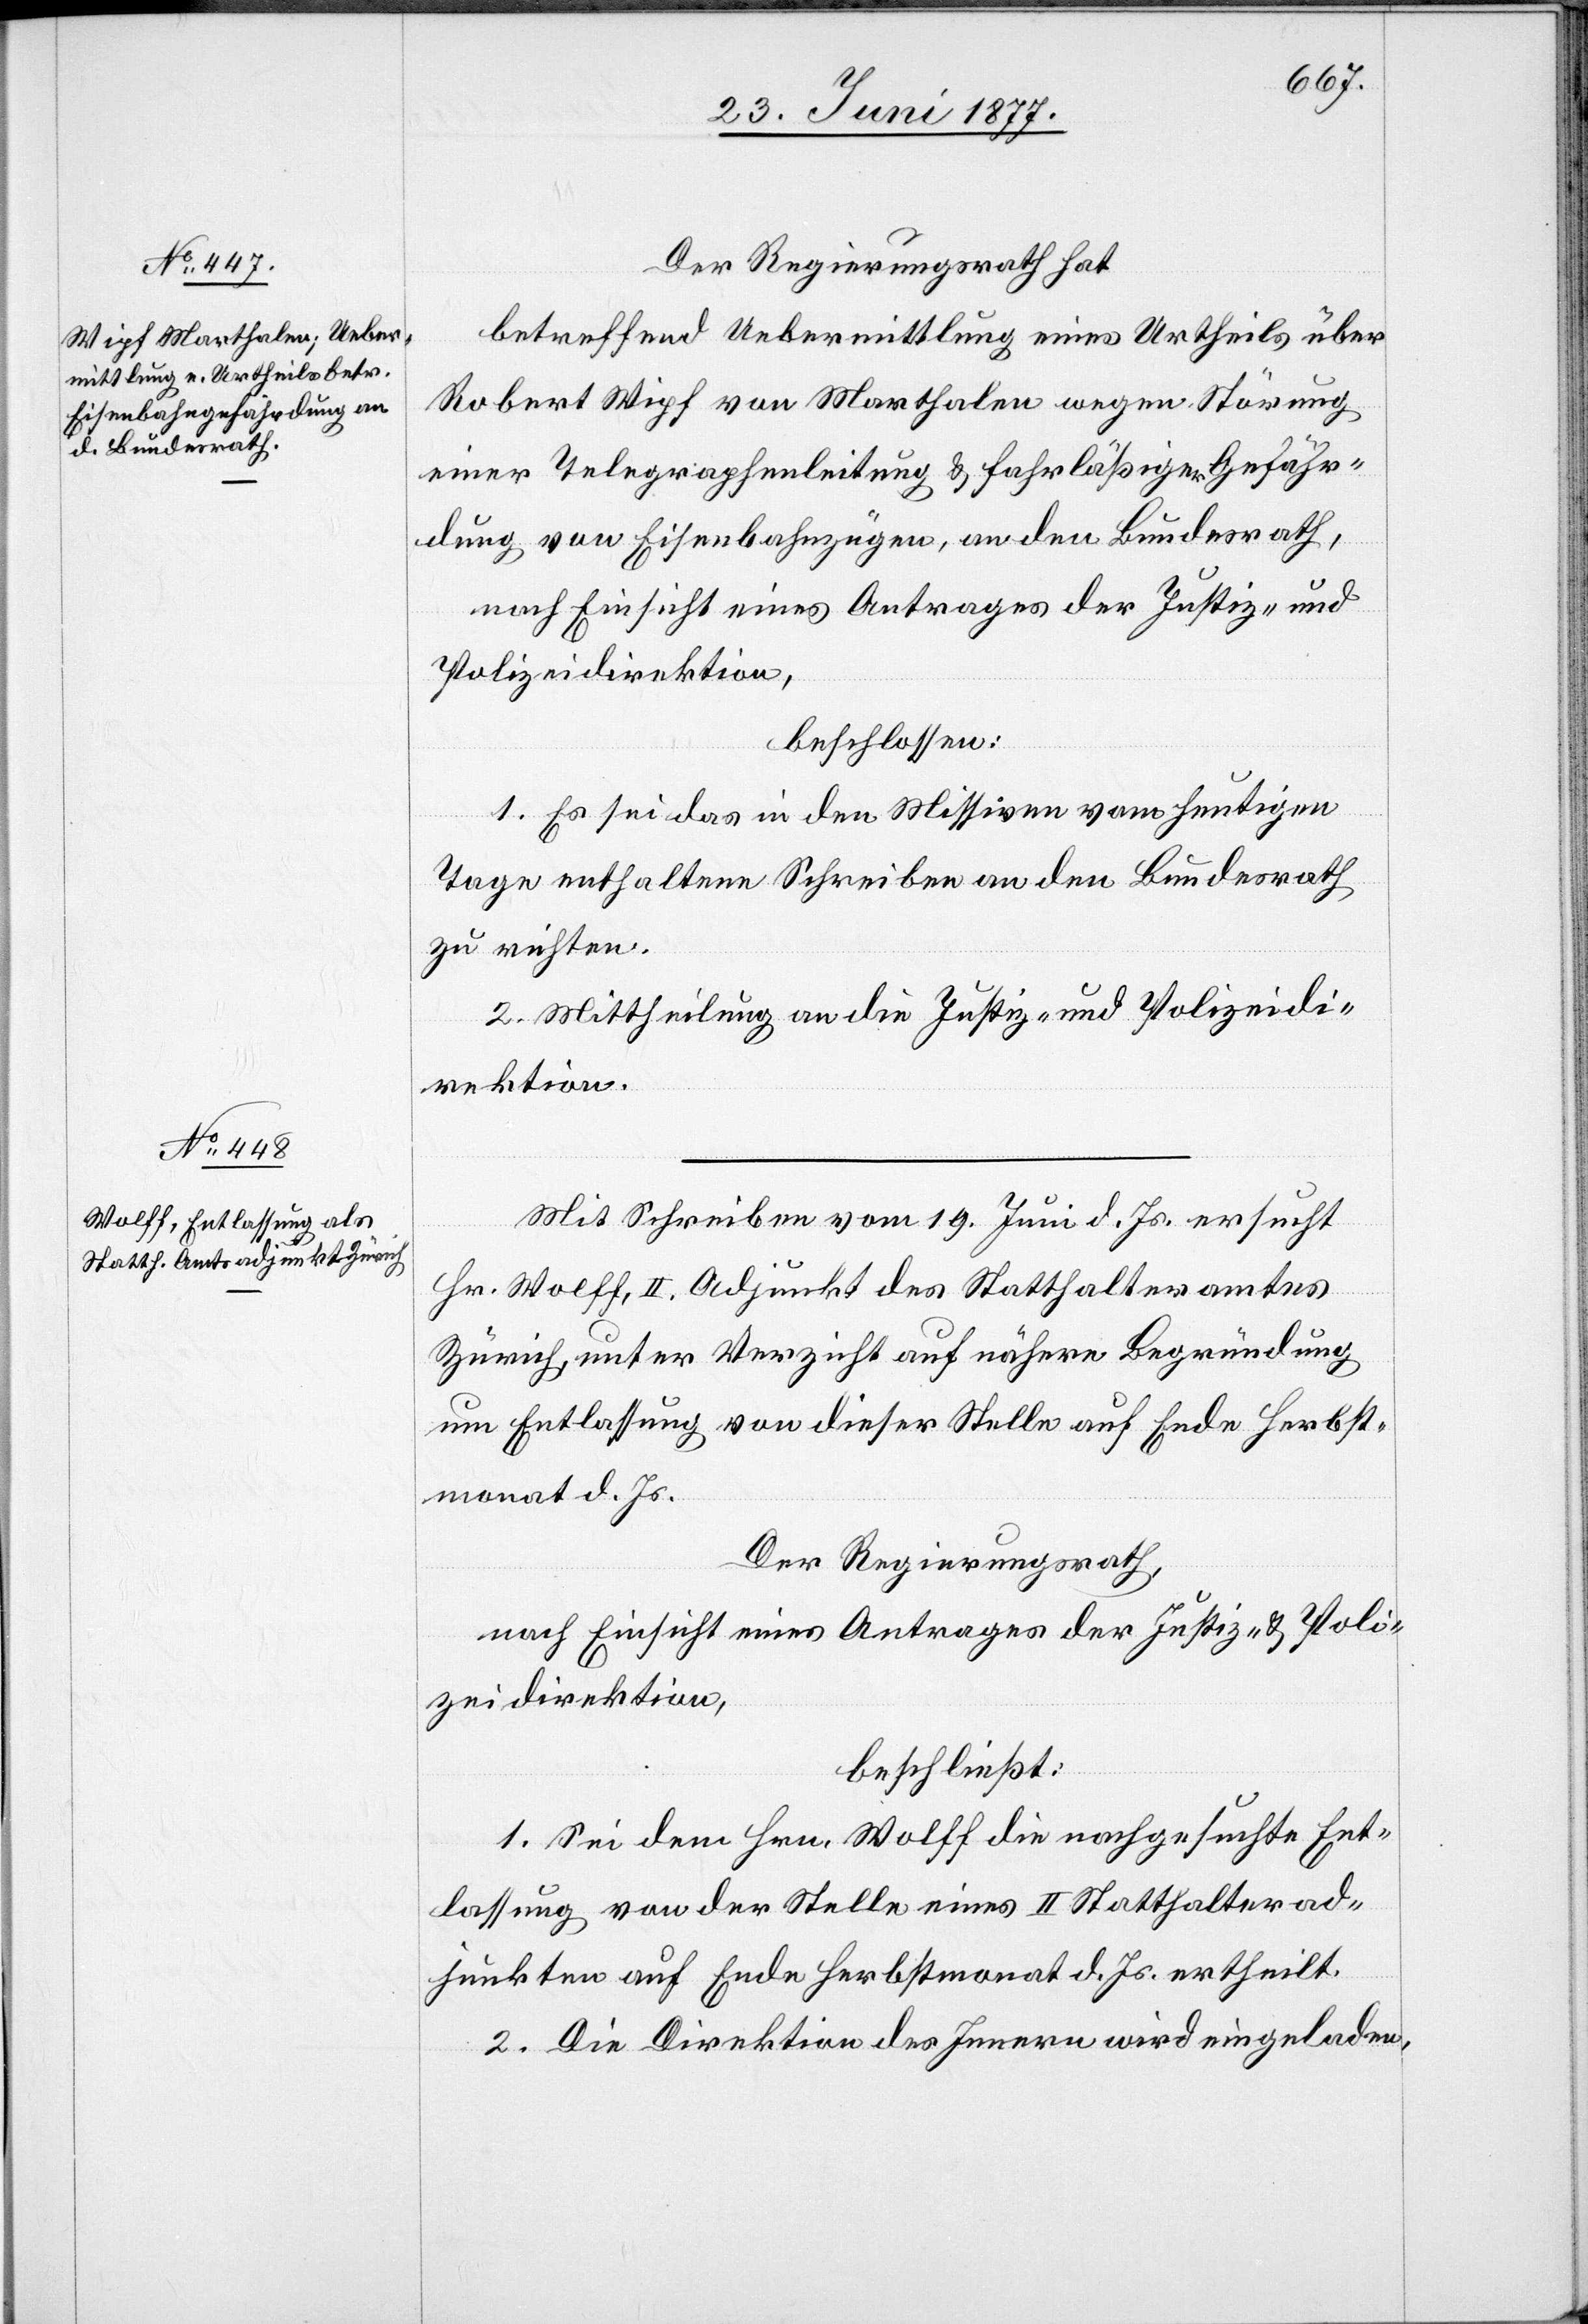
Der Regierungsrath hat
betreffend Uebermittlung eines Urtheils über
Robert Wipf von Marthalen wegen Störung
einer Telegraphenleitung & fahrläßiger Gefähr¬
dung von Eisenbahnzügen, an den Bundesrath,
nach Einsicht eines Antrages der Justiz- und
Polizeidirektion,
beschlossen:
1. Es sei das in den Missiven vom heutigen
Tage enthaltene Schreiben an den Bundesrath
zu richten.
2. Mittheilung an die Justiz- und Polizeidi¬
rektion.
Mit Schreiben vom 19. Juni d. Js. ersucht
Hr. Wolff, II. Adjunkt des Statthalteramtes
Zürich, unter Verzicht auf nähere Begründung
um Entlassung von dieser Stelle auf Ende Herbst¬
monat d. Js.
Der Regierungsrath,
nach Einsicht eines Antrages der Justiz- & Poli¬
zeidirektion,
beschließt:
1. Sei dem Hrn. Wolff die nachgesuchte Ent¬
lassung von der Stelle eines II. Statthalterad¬
junkten auf Ende Herbstmonat d. Js. ertheilt.
2. Die Direktion des Innern wird eingeladen,